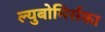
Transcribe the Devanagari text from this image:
ल्युबोमिर्सका